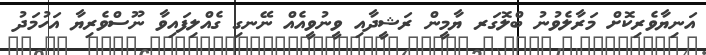
އަނިޔާވެރިކޮށް މަރާލެވުނު ބްލޮގަރ ޔާމީން ރަޝީދާއި ވީނުވީއެއް ނޭނގި ގެއްލިފައިވާ ނޫސްވެރިޔާ އަހުމަދު